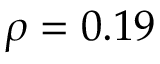
\rho = 0 . 1 9